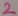
Text: 2